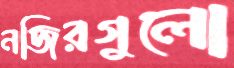
নজিরগুলো